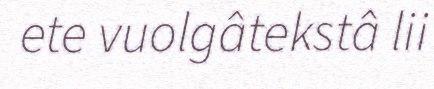
ete vuolgâtekstâ lii